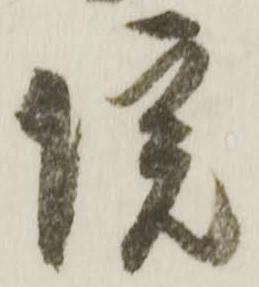
院